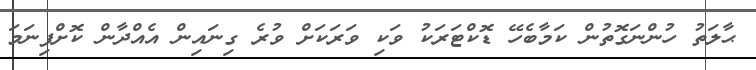
ޙާލަތު ހުންނަގޮތުން ކަމާބެހޭ ޑޮކްޓަރަކު ވަކި ވަރަކަށް ވުރެ ގިނައިން އެއްދާން ކޮށްފިނަމަ